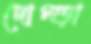
দোম্‌ড়া